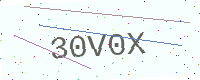
Text: 30V0X